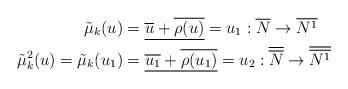
LaTeX: \begin{align*}\tilde{\mu}_{k}(u)&=\underline{\overline{u}+\overline{\rho(u)}}=u_{1}: \overline{N} \rightarrow \overline{N^{1}} \\\tilde{\mu}_{k}^{2}(u)=\tilde{\mu}_{k}(u_{1})&=\underline{\overline{u_{1}}+\overline{\rho(u_{1})}}=u_{2}: \overline{\overline{N}} \rightarrow \overline{\overline{N^{1}}}\end{align*}